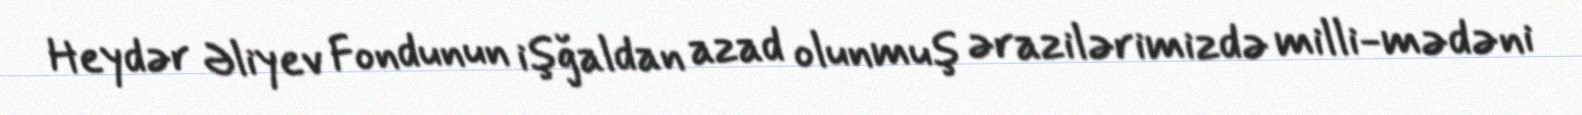
Heydər Əliyev Fondunun işğaldan azad olunmuş ərazilərimizdə milli-mədəni